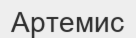
Артемис